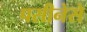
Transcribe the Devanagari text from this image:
पसीनेसे